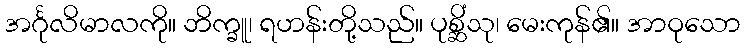
အင်္ဂုလိမာလကို။ ဘိက္ခူ၊ ရဟန်းတို့သည်။ ပုစ္ဆိံသု၊ မေးကုန်၏။ အာဝုသော